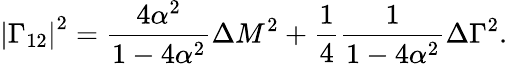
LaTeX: \left|\Gamma_{12}\right|^{2}=\frac{4\alpha^{2}}{1-4\alpha^{2}}\Delta M^{2}+\frac{1}{4}\frac{1}{1-4\alpha^{2}}\Delta\Gamma^{2}.